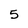
Character: 5